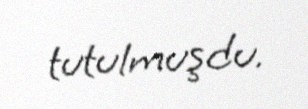
tutulmuşdu.